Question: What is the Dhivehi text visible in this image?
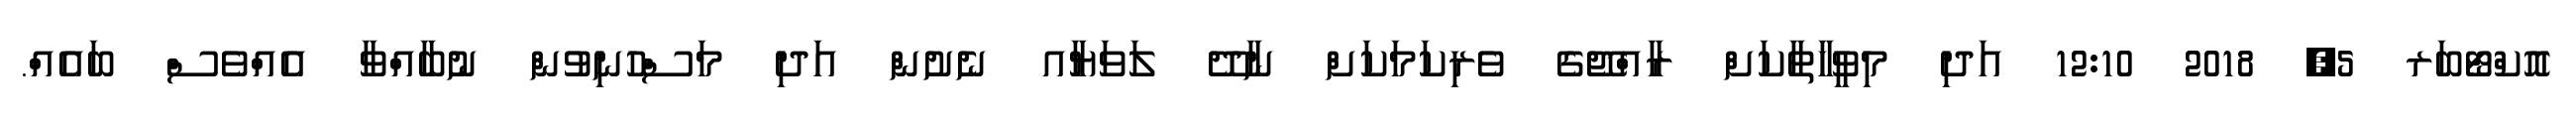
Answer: އޮކްޓޯބަރ 5, 2018 12:10 އަދި މިވީހާތާކަށް ރާއްޖޭގެ ވެރިކަމަކަށް ނާދޭ ލަވަޔާއ ނެށުން އަދި މަސްހުނިވުން ނުބާއްވާ އެއްވެސް ބައެއް.